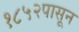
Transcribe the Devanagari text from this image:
१८५२पासून